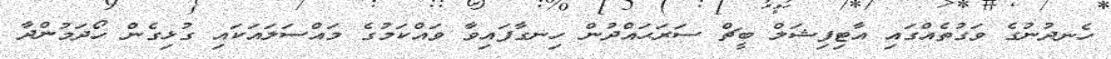
ހެނދުނުގެ ވަގުތެއްގައި އާޓިފިޝަލް ބީޗް ސަރަޙައްދުން ހިނގާފައިވާ ވައްކަމުގެ މައްސަލައަކައި ގުޅިގެން ހޯދަމުންދާ